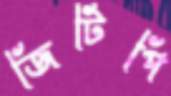
জিটিপি